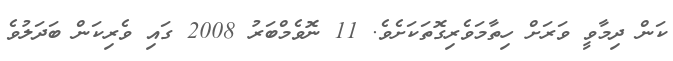
ކަން ދިމާވީ ވަރަށް ހިތާމަވެރިގޮތަކަށެވެ. 11 ނޮވެމްބަރު 2008 ގައި ވެރިކަން ބަދަލުވެ